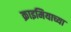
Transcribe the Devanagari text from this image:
क्राइमियाच्या